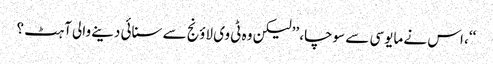
‘‘، اس نے مایوسی سے سوچا، ’’لیکن وہ ٹی وی لاؤنج سے سنائی دینے والی آہٹ ؟